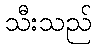
သီးသည်